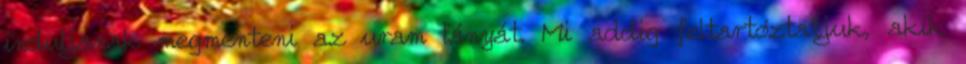
induljanak megmenteni az uram lányát. Mi addig feltartóztatjuk, akik